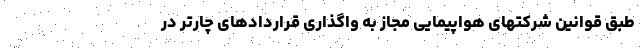
طبق قوانین شرکتهای هواپیمایی مجاز به واگذاری قراردادهای چارتر در